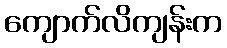
ကျောက်လိကျန်းက